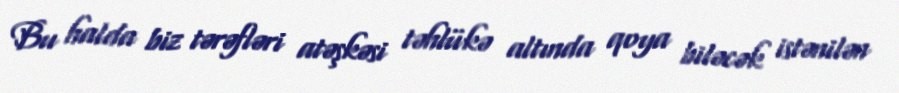
Bu halda biz tərəfləri atəşkəsi təhlükə altında qoya biləcək istənilən